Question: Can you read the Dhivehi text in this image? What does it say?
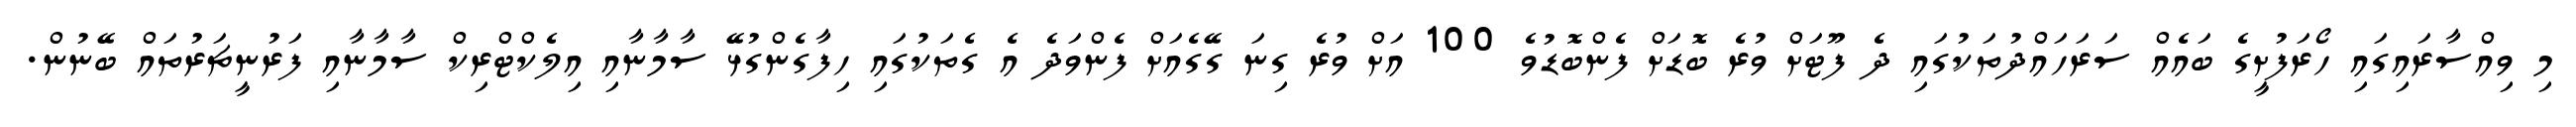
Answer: މި ވިއްސާރައިގައި ހޯރަފުށީގެ ބައެއް ސަރަހައްދުތަކުގައި ދެ ފޫޓަށް ވުރެ ބޮޑަށް ފެންބޮޑުވެ 100 އަށް ވުރެ ގިނަ ގޭގެއަށް ފެންވަދެ އެ ގެތަކުގައި ހިފާގެންގުޅޭ ސާމާނާއި އިލެކްޓްރިކް ސާމާނާއި ފަރުނީޗަރުތައް ބޭނުން.